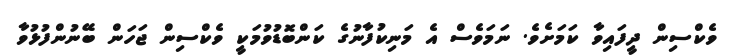
ވެކްސިން ދީފައިވާ ކަމަށެވެ. ނަމަވެސް އެ މަނިކުފާނުގެ ކަންބޮޑުވުމަކީ ވެކްސިން ޖަހަން ބޭނުންފުޅުވާ